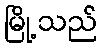
မြို့သည်